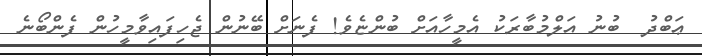
ޢަބްދު  ބުނު އަލްމުބާރަކު އެމީހާއަށް ބުންޏެވެ! ފެނަށް ބޭނުން ޖެހިފައިވާމީހުން ފެންބޯނެ